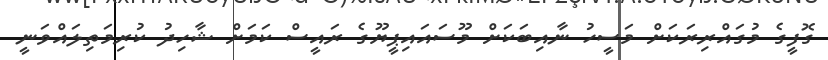
ގޮފީގެ މުގައްރިރަކަށް މަސީހު ނާއިބަކަށް މޫސައައިޕީޔޫގެ ރައީސް ކަމަށް ޝާހިދު ކުރިމަތިލައްވަނީ